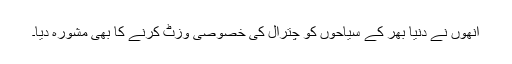
انھوں نے دنیا بھر کے سیاحوں کو چترال کی خصوصی وزٹ کرنے کا بھی مشورہ دیا۔